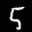
Label: 5